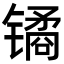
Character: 𫔎